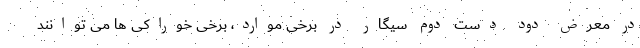
در معرض دود دست دوم سیگار در برخی موارد، برخی خوراکی ها می توانند